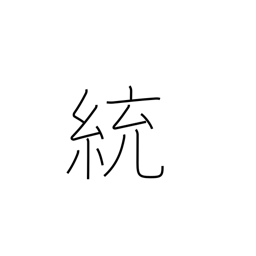
Meaning: governing